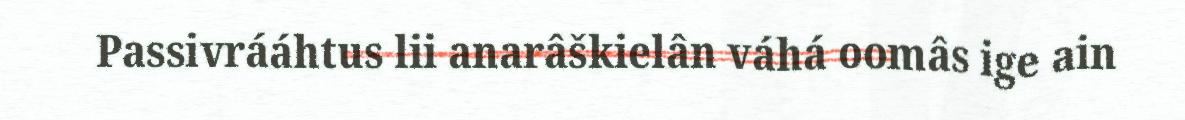
Passivrááhtus lii anarâškielân váhá oomâs ige ain